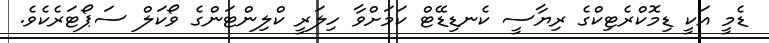
ޑެމީ އަކީ ޑިމޮކްރެޓިކްގެ ރިޔާސީ ކެނޑިޑޭޓް ކަމަށްވާ ހިލަރީ ކްލިންޓަންގެ ވޯކަލް ސަޕޯޓަރެކެވެ.